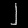
Digit: ၂